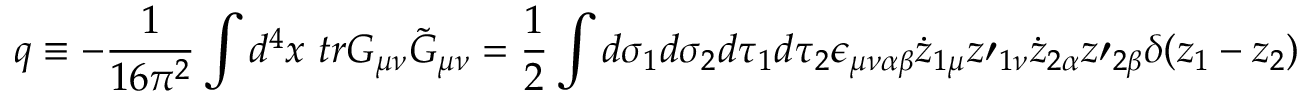
q \equiv - \frac { 1 } { 1 6 \pi ^ { 2 } } \int d ^ { 4 } x \mathrm { ~ } t r G _ { \mu \nu } \tilde { G } _ { \mu \nu } = \frac { 1 } { 2 } \int d \sigma _ { 1 } d \sigma _ { 2 } d \tau _ { 1 } d \tau _ { 2 } \epsilon _ { \mu \nu \alpha \beta } \dot { z } _ { 1 \mu } z \prime _ { 1 \nu } \dot { z } _ { 2 \alpha } z \prime _ { 2 \beta } \delta ( z _ { 1 } - z _ { 2 } )